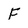
Character: F